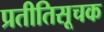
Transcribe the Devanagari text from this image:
प्रतीतिसूचक